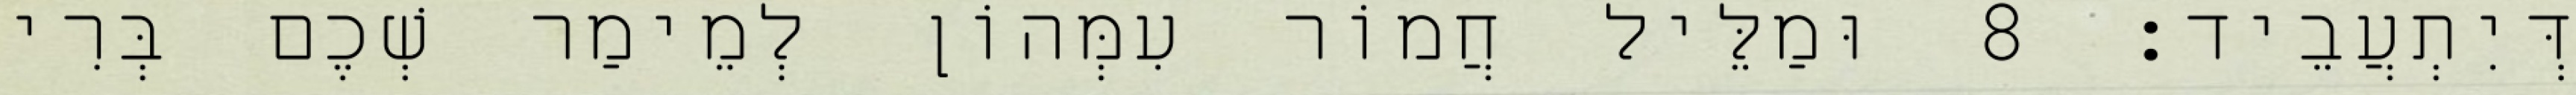
דְּיִתְעֲבֵיד׃ 8 וּמַלֵּיל חֲמוֹר עִמְּהוֹן לְמֵימַר שְׁכֶם בְּרִי